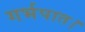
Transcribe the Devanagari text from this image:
गर्भपात।